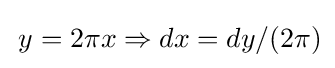
\,y=2\pi x\Rightarrow dx=dy/(2\pi )